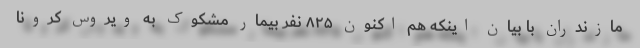
مازندران با بیان اینکه هم اکنون ۸۲۵ نفر بیمار مشکوک به ویروس کرونا